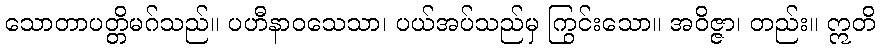
သောတာပတ္တိမဂ်သည်။ ပဟီနာဝသေသာ၊ ပယ်အပ်သည်မှ ကြွင်းသော။ အဝိဇ္ဇာ၊ တည်း။ ဣတိ